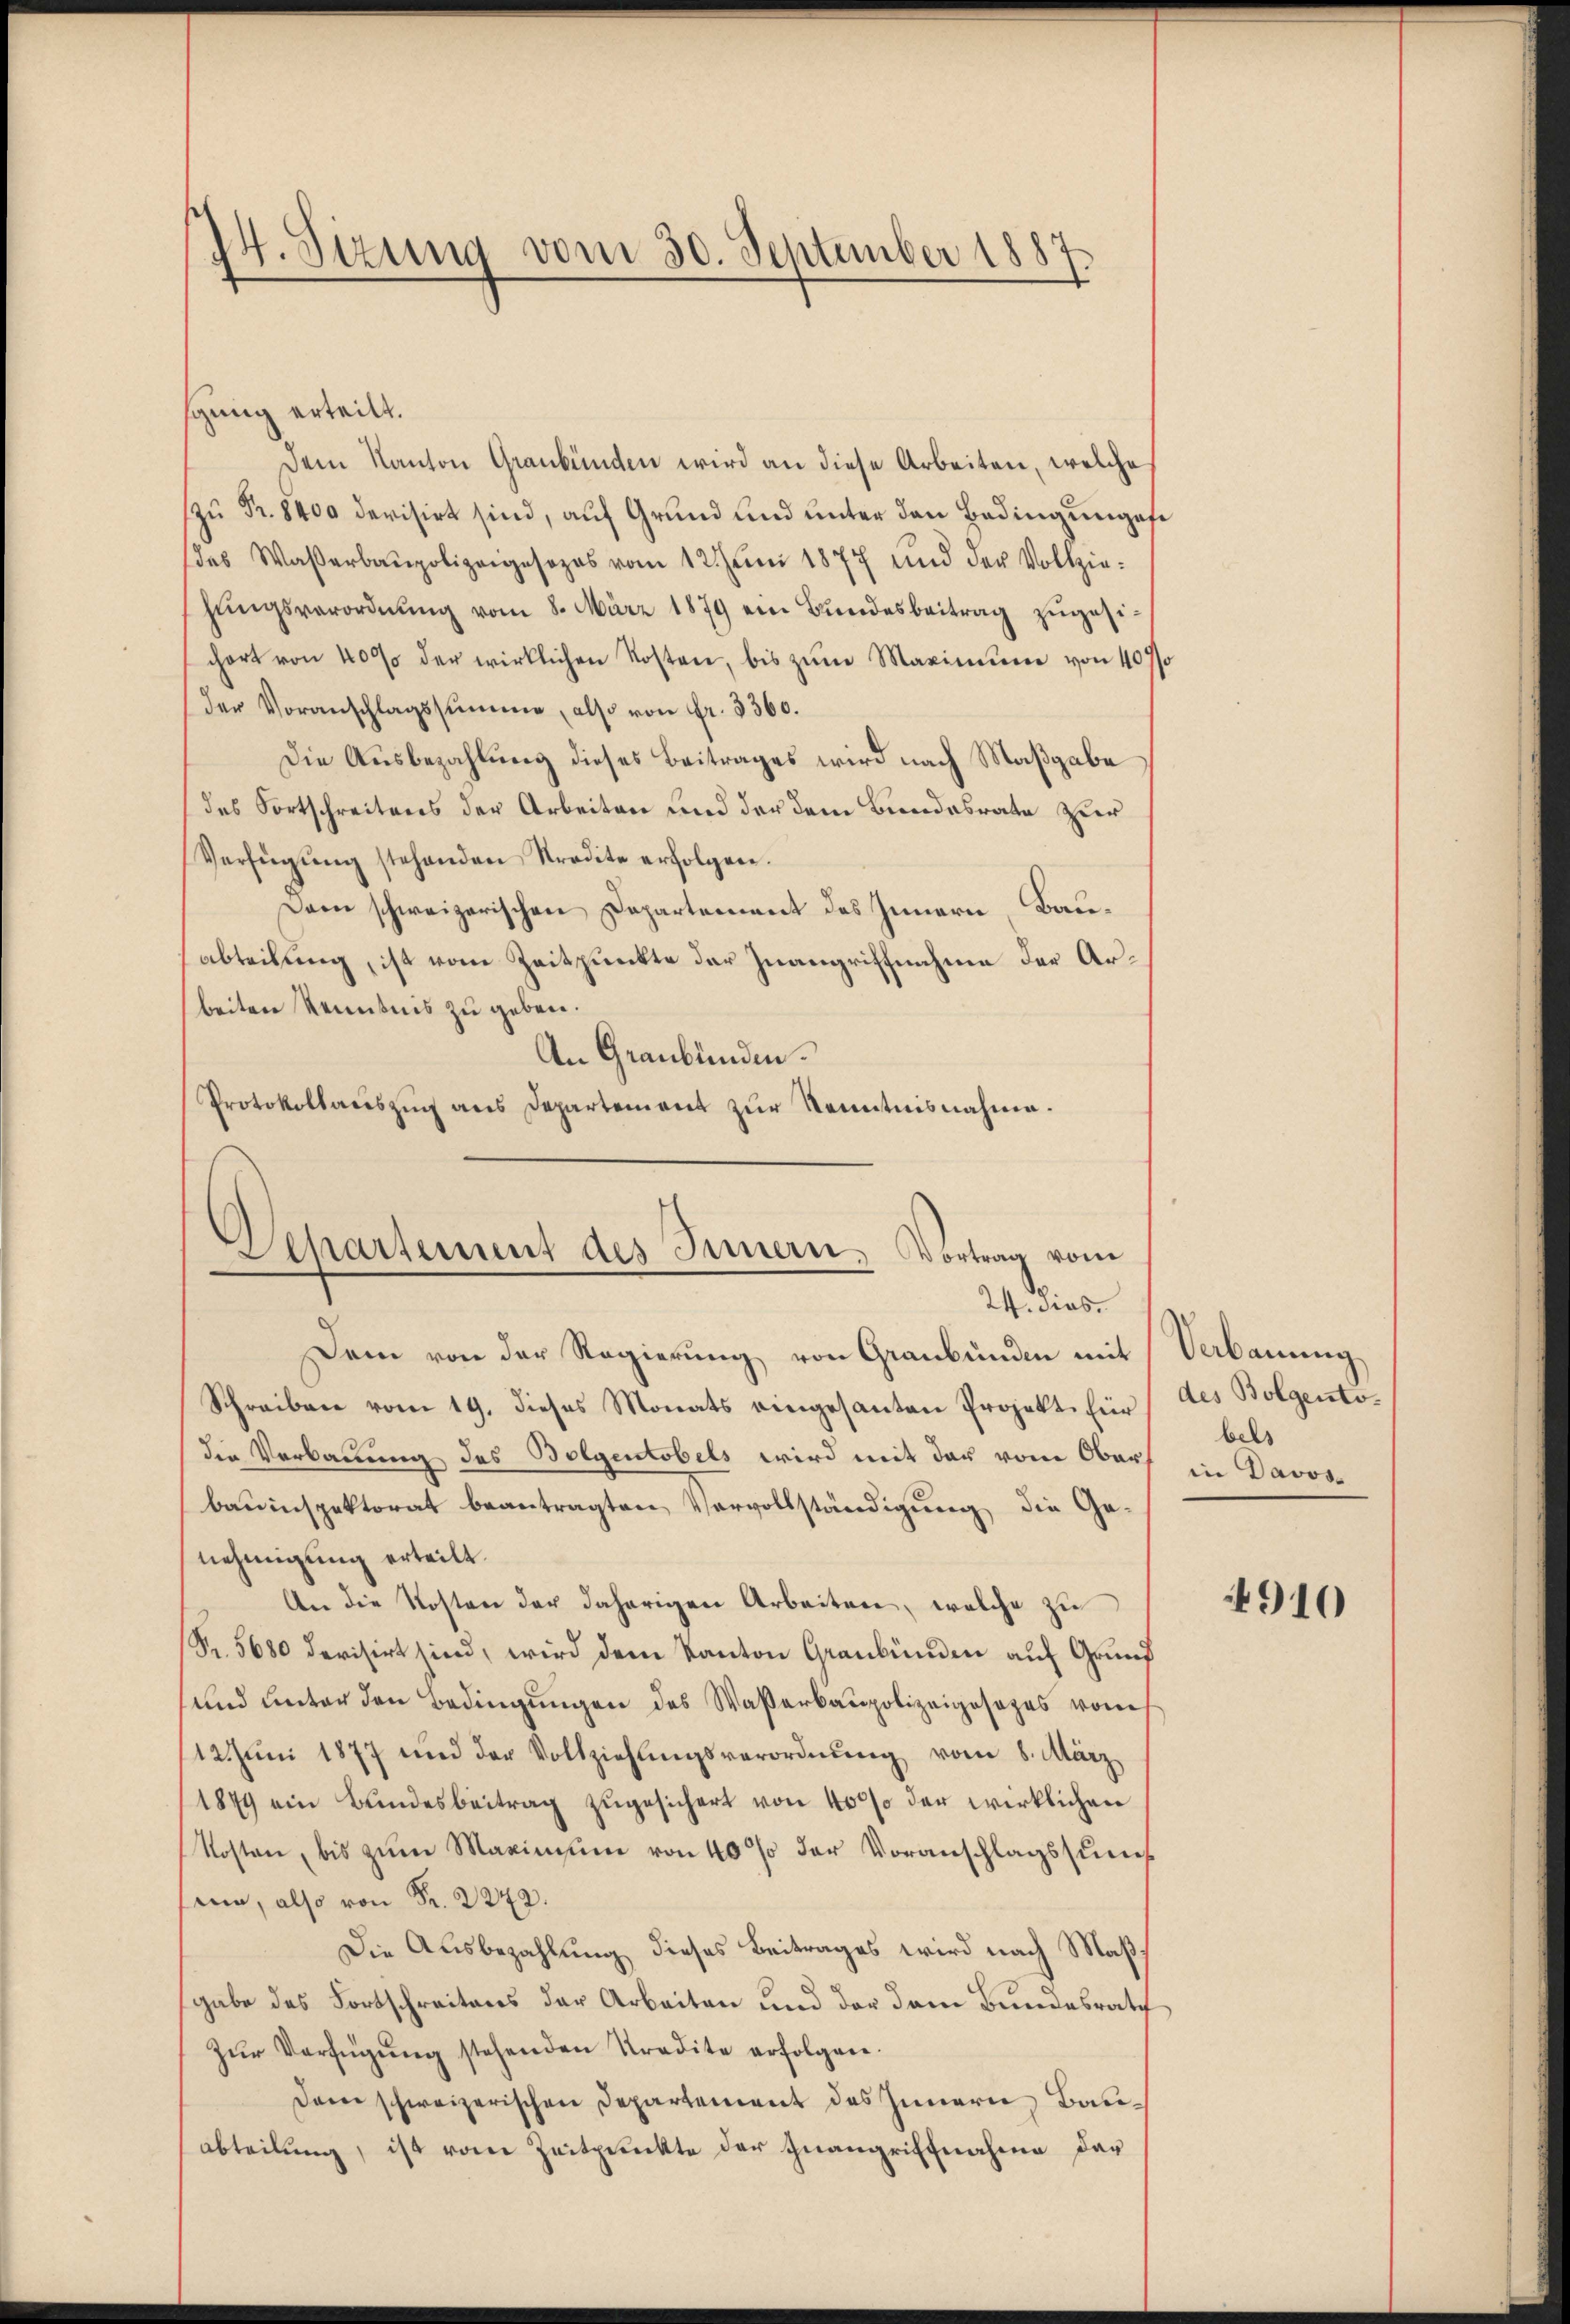
14. Sizung vom 30. September 1887

sgung erteilt.
Dem Kanton Graubünden wird an diese Arbeiten, welche
zu Fr. 8400 devisirt sind, auf Grund und unter den Bedingungefe
das Waßerbaupolizeigesezes vom 12. Juni 1877 und der Vollziehŭngsverordnŭng vom 8. März 1879 ein Bŭndesbeitrag zugesichort von 4000 der wirklichen Kosten, bis zŭm Maximum von 407/
der Voranschlagssumme, also von Fr. 3360.
Die Ausbezahlung dieses Beitrages wird nach Maßgabe
des Fortschreitens der Arbeiten und der dem Bundesrate zur
Verfügŭng stehenden Stradite erfolgen.
Dann schweizerischen Departement des Innern, Bauabteilung, ist vom Zeitpunkte der Inangriffnahme der Arbeiten Kenntnis zu geben.
An Graubünden.
Protokollaŭszŭg ans Departement zŭr Kenntnisnahme.

Departement des Innern, Vortrag vom
24. dies

Dem von der Regierŭng von Graubünden mit
Schreiben vom 19. dieses Monats eingesanten Projekt für
die Verbauung des Bolgentobels wird mit der von Ober
bauinspektorat beantragten Vervollständigung die Ge-
nehmigung erteilt.
An die Kosten der daherigen Arbeiten, welche zu
Fr. 5680 devisirt sind, wird dem Kanton Graubünden auf Grund
und unter den Bedingŭngen des Waßerbaupolizeigesezes vom
12. Jŭni 1877 und der Vollziehŭngsverordnŭng vom 8. März
1879 ein Bundesbeitrag zugesichert von 40% der wirklichen
Kosten, bis zum Maximum von 40% der Voranschlagssumf
sinn, also von Fr. 222.
Die Ausbezahlung dieses Beitrages wird nach Maßgabe des Fortschreitens der Arbeiten und der dem Bundesrath
Zŭr Verfügŭng stehenden Tradite erfolgen.
Dane schweizerischen Departement des Innern Bauabteilŭng, ist vom Zeitpunkte der Inangriffnahme dar

Verbauung
des Bolgento.
bels
in Davos-

4910